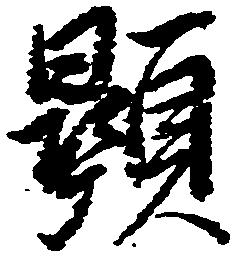
顕